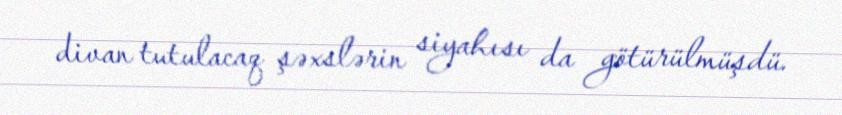
divan tutulacaq şəxslərin siyahısı da götürülmüşdü.